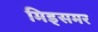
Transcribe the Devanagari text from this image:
मिड्‌समर